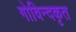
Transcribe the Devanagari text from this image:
गोविन्दकृत